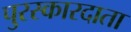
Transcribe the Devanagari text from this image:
पुरस्कारदाता